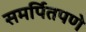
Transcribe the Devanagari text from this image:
समर्पितपणे